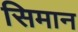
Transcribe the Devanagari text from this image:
सिमान